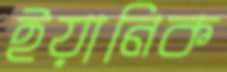
ইয়ানিক